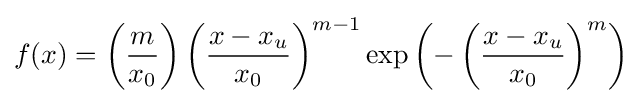
f(x)=\left({\frac {m}{x_{0}}}\right)\left({\frac {x-x_{u}}{x_{0}}}\right)^{m-1}\exp \left(-\left({\frac {x-x_{u}}{x_{0}}}\right)^{m}\right)